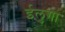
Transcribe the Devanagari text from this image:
ईलुगा